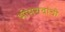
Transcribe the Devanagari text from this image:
भीमरावांची